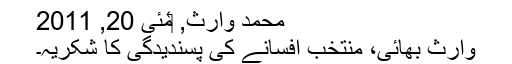
محمد وارث, ‏مئی 20, 2011
وارث بھائی، منتخب افسانے کی پسندیدگی کا شکریہ۔